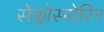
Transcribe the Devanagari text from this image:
सेफ्लोस्पोरिन